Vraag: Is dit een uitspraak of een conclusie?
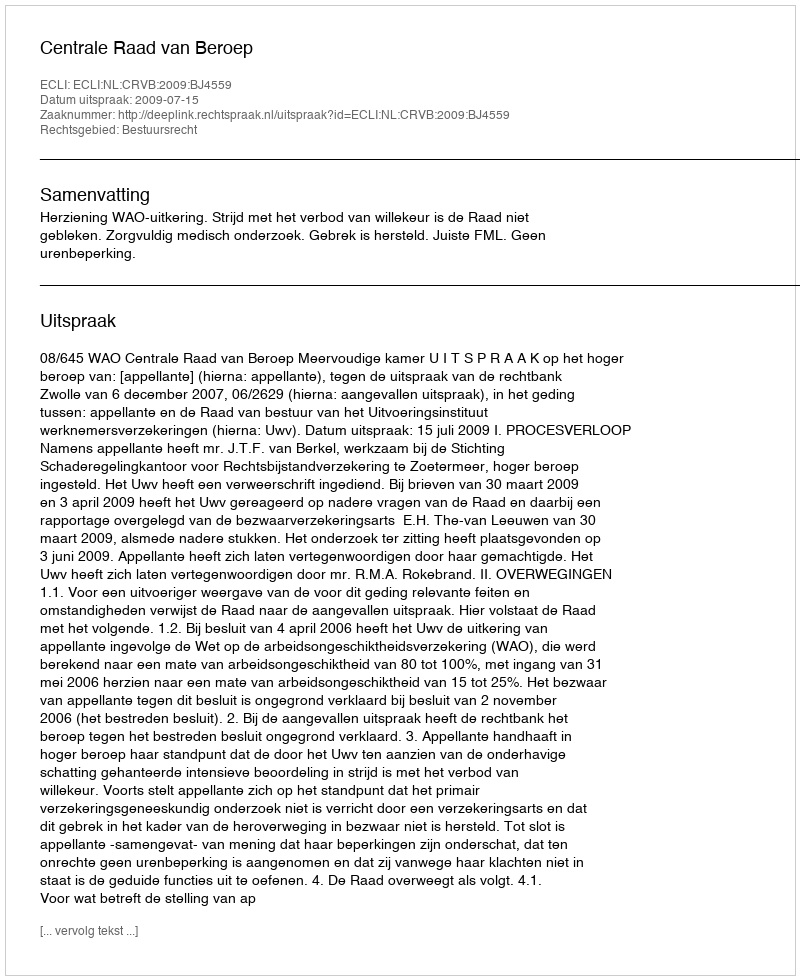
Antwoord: Uitspraak